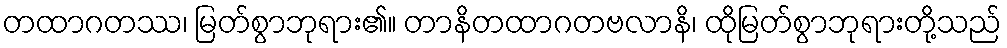
တထာဂတဿ၊ မြတ်စွာဘုရား၏။ တာနိတထာဂတဗလာနိ၊ ထိုမြတ်စွာဘုရားတို့သည်